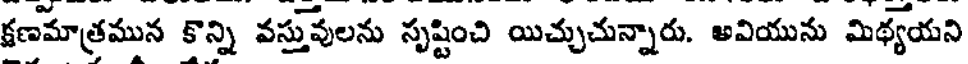
క్షణమాత్రమున కొన్ని వస్తువులను సృష్టించి యిచ్చుచున్నారు. అవియును మిథ్యయని